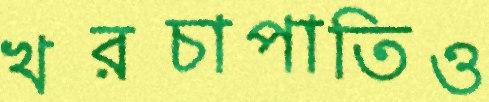
খরচাপাতিও